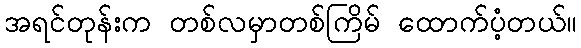
အရင်တုန်းက တစ်လမှာတစ်ကြိမ် ထောက်ပံ့တယ်။